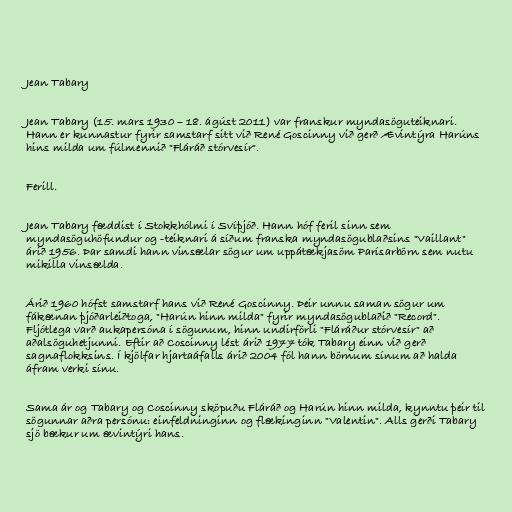
Jean Tabary

Jean Tabary (15. mars 1930 – 18. ágúst 2011) var franskur myndasöguteiknari.
Hann er kunnastur fyrir samstarf sitt við René Goscinny við gerð Ævintýra Harúns
hins milda um fúlmennið "Fláráð stórvesír".

Ferill.

Jean Tabary fæddist í Stokkhólmi í Svíþjóð. Hann hóf feril sinn sem
myndasöguhöfundur og -teiknari á síðum franska myndasögublaðsins "Vaillant"
árið 1956. Þar samdi hann vinsælar sögur um uppátækjasöm Parísarbörn sem nutu
mikilla vinsælda.

Árið 1960 hófst samstarf hans við René Goscinny. Þeir unnu saman sögur um
fákænan þjóðarleiðtoga, "Harún hinn milda" fyrir myndasögublaðið "Record".
Fljótlega varð aukapersóna í sögunum, hinn undirförli "Fláráður stórvesír" að
aðalsöguhetjunni. Eftir að Coscinny lést árið 1977 tók Tabary einn við gerð
sagnaflokksins. Í kjölfar hjartaáfalls árið 2004 fól hann börnum sínum að halda
áfram verki sínu.

Sama ár og Tabary og Coscinny sköpuðu Fláráð og Harún hinn milda, kynntu þeir til
sögunnar aðra persónu: einfeldninginn og flækinginn "Valentin". Alls gerði Tabary
sjö bækur um ævintýri hans.